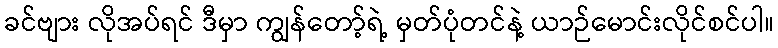
ခင်ဗျား လိုအပ်ရင် ဒီမှာ ကျွန်တော့်ရဲ့ မှတ်ပုံတင်နဲ့ ယာဉ်မောင်းလိုင်စင်ပါ။